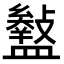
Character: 𥃎